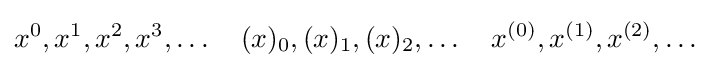
x^{0},x^{1},x^{2},x^{3},\dots \quad (x)_{0},(x)_{1},(x)_{2},\dots \quad x^{(0)},x^{(1)},x^{(2)},\dots